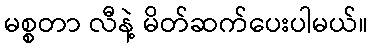
မစ္စတာ လီနဲ့ မိတ်ဆက်ပေးပါမယ်။